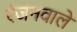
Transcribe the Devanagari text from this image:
रंजनवाले